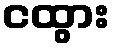
ငထွား